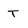
Character: T